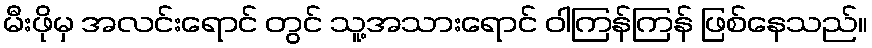
မီးဖိုမှ အလင်းရောင် တွင် သူ့အသားရောင် ဝါကြန်ကြန် ဖြစ်နေသည်။